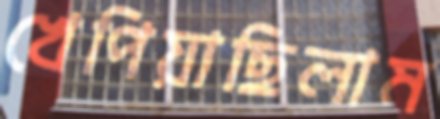
খেপিয়াছিলাম